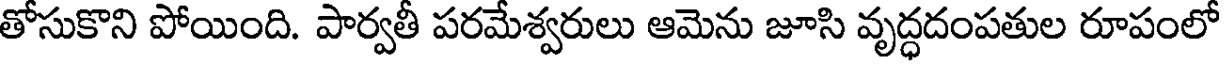
తోసుకొని పోయింది. పార్వతీ పరమేశ్వరులు ఆమెను జూసి వృద్ధదంపతుల రూపంలో